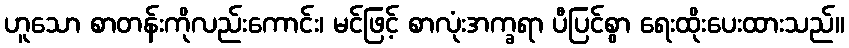
ဟူသော စာတန်းကိုလည်းကောင်း၊ မင်ဖြင့် စာလုံးအက္ခရာ ပီပြင်စွာ ရေးထိုးပေးထားသည်။